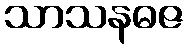
သာသနဓဇ